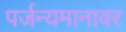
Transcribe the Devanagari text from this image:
पर्जन्यमानावर